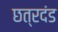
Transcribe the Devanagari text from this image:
छत्रदंड